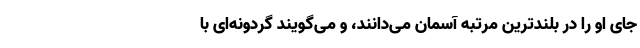
جای او را در بلندترین مرتبه آسمان می‌دانند، و می‌گویند گردونه‌ای با